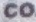
CO